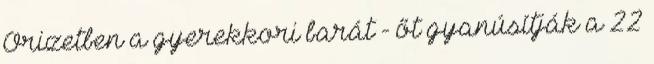
Őrizetben a gyerekkori barát - őt gyanúsítják a 22